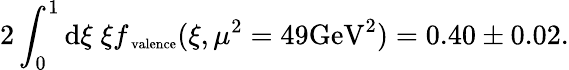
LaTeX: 2\int_{0}^{1}\mathrm{d}\xi\; \xi f_{\mathrm{\scriptsize~valence}}(\xi,\mu^{2}=49\mathrm{GeV}^{2})=0.40\pm 0.02.